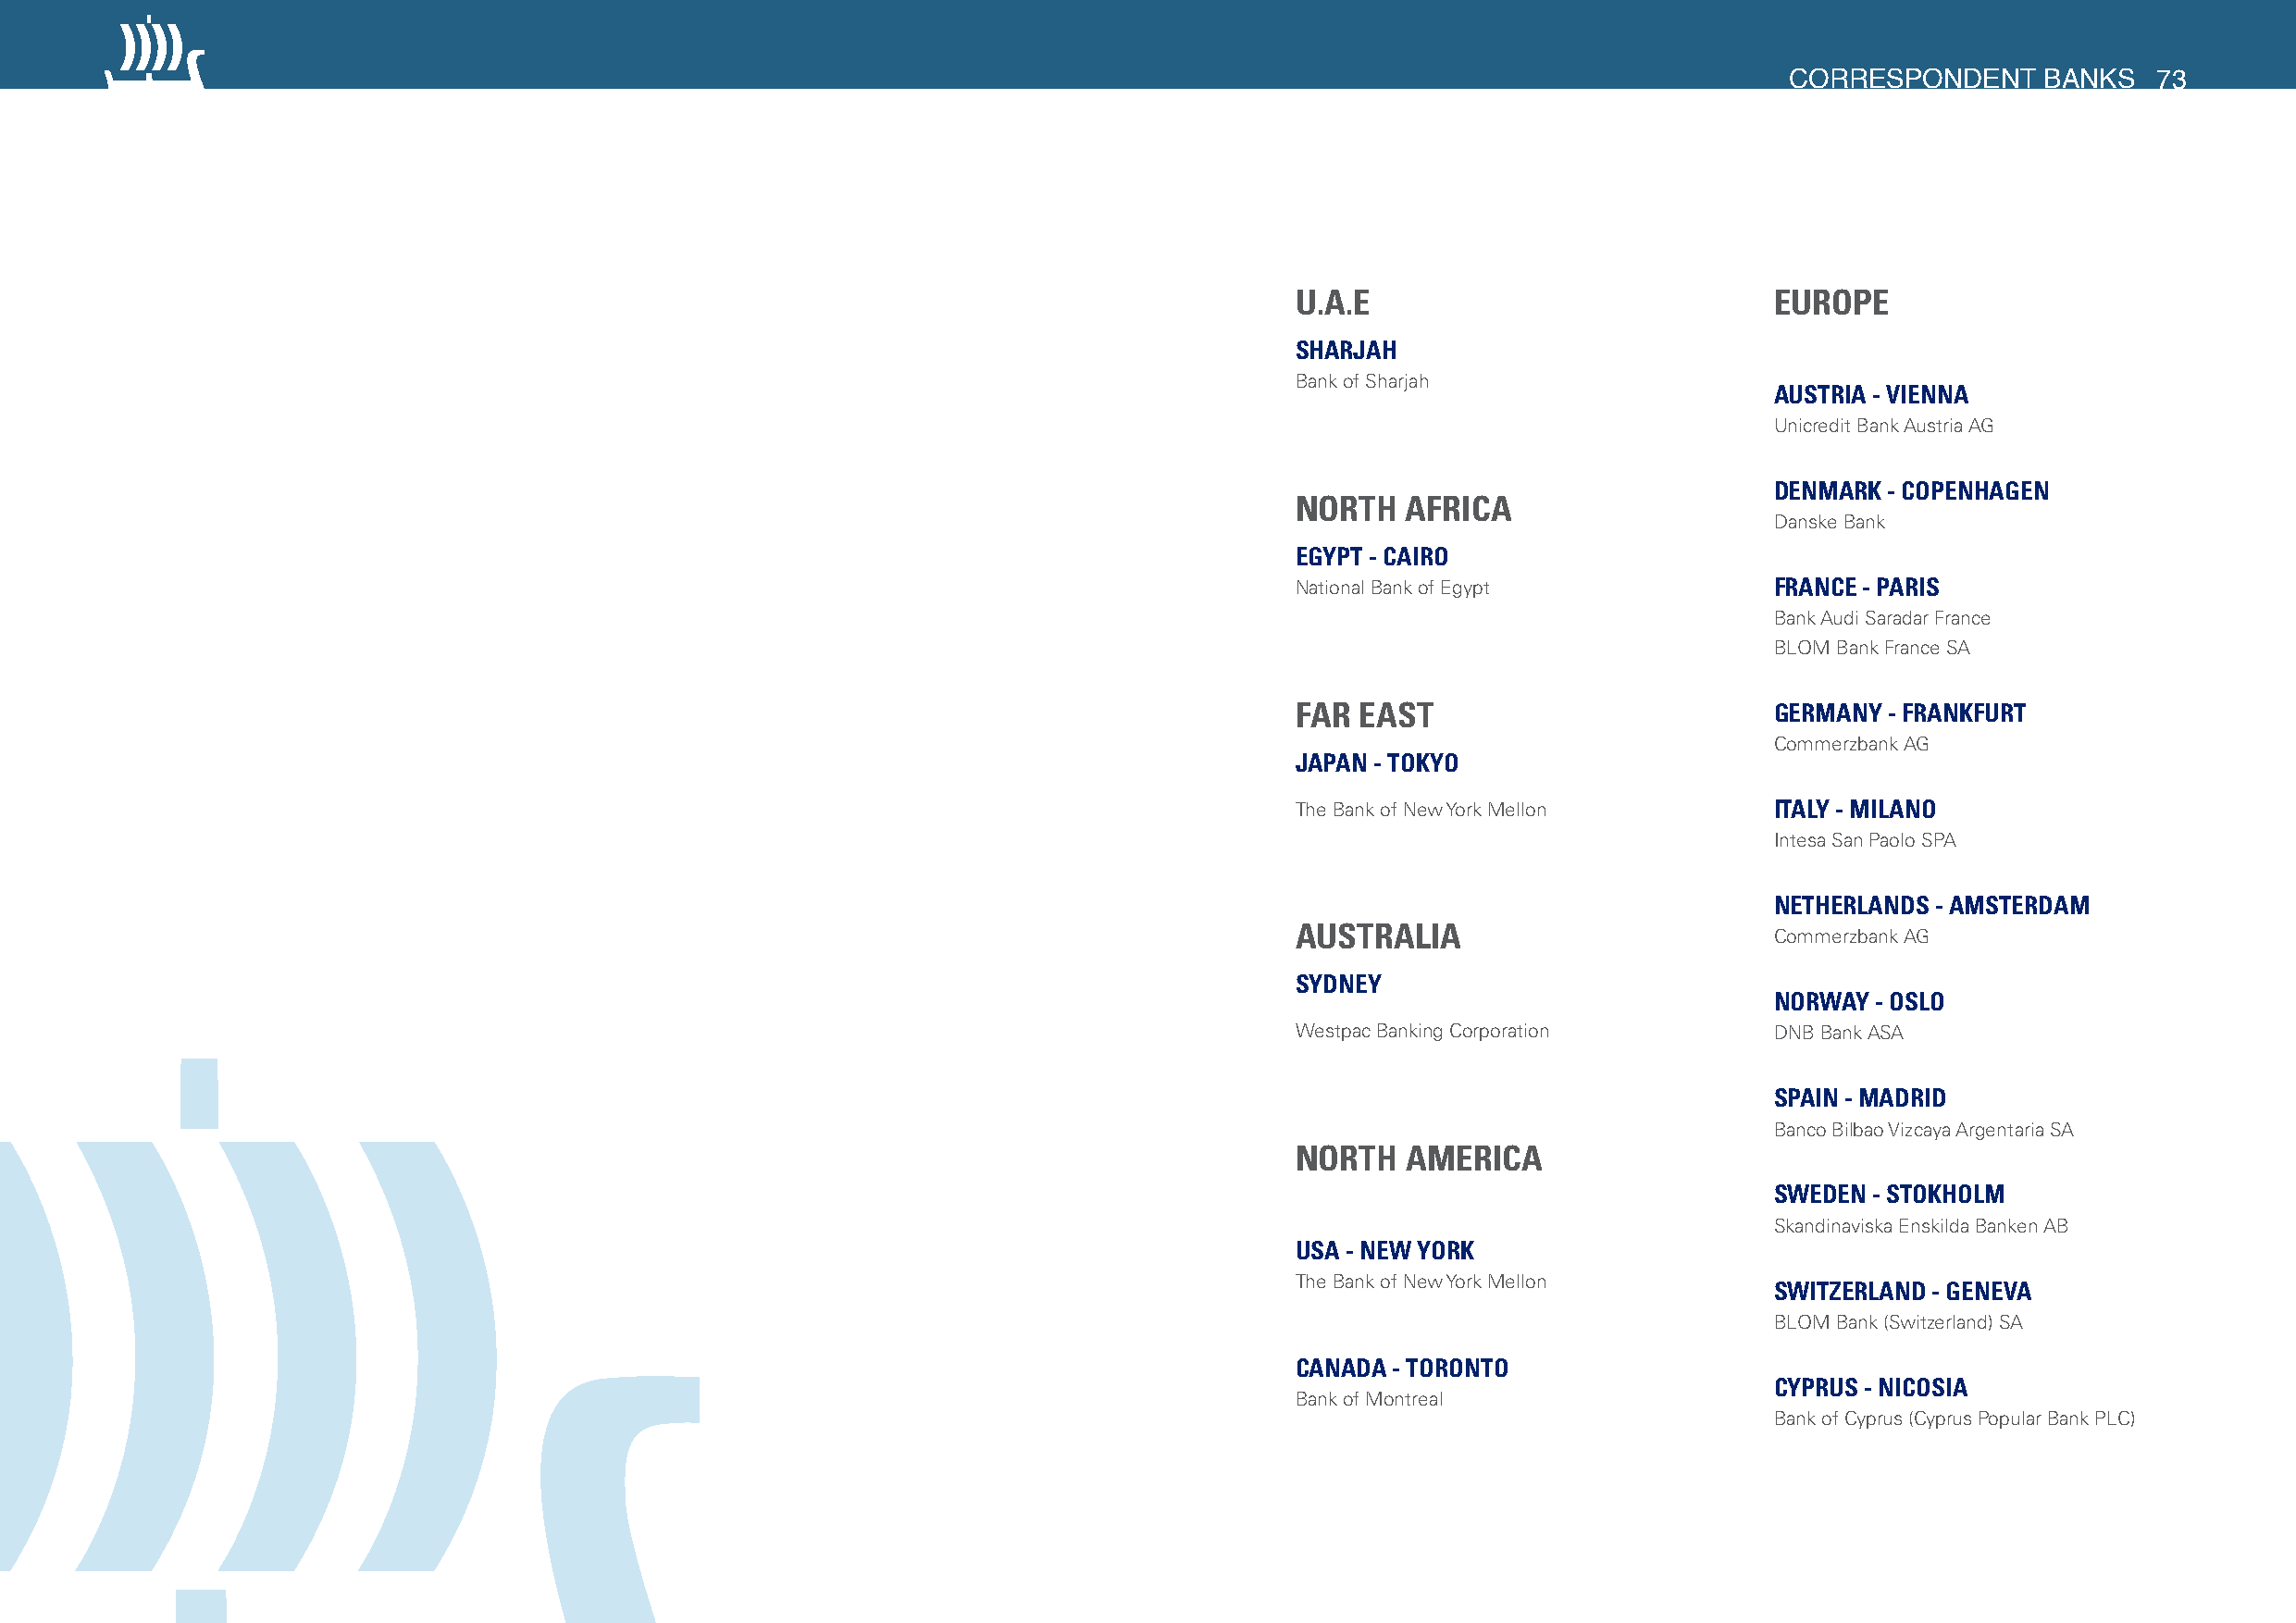
CORRESPONDENT     BANKS   73
 U.A.E                             EUROPE
 SHARJAH
 Bank of Sharjah
 AUSTRIA - VIENNA
 Unicredit Bank Austria AG
 DENMARK - COPENHAGEN
 NORTH   AFRICA
 Danske Bank
 EGYPT - CAIRO
 National Bank of Egypt            FRANCE - PARIS
 Bank Audi Saradar France
 BLOM Bank France SA
 FAR EAST                          GERMANY - FRANKFURT
 Commerzbank AG
 JAPAN - TOKYO
 The Bank of New York Mellon       ITALY - MILANO
 Intesa San Paolo SPA
 NETHERLANDS - AMSTERDAM
 AUSTRALIA                         Commerzbank AG
 SYDNEY
 NORWAY - OSLO
 Westpac Banking Corporation       DNB Bank ASA
 SPAIN - MADRID
 Banco Bilbao Vizcaya Argentaria SA
 NORTH   AMERICA
 SWEDEN - STOKHOLM
 Skandinaviska Enskilda Banken AB
 USA - NEW YORK
 The Bank of New York Mellon
 SWITZERLAND - GENEVA
 BLOM Bank (Switzerland) SA
 CANADA - TORONTO
 CYPRUS - NICOSIA
 Bank of Montreal
 Bank of Cyprus (Cyprus Popular Bank PLC)